Annual administration report of the Civil Veterinary Department of India - 1909-1910
Year: 1909
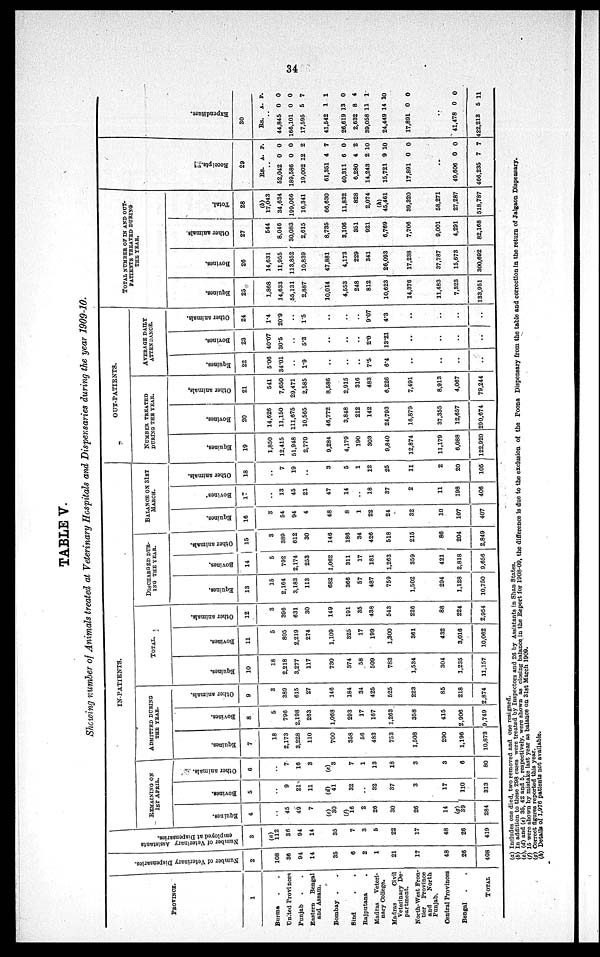
34
TABLE V.
Showing number of Animals treated at Veterinary Hospitals and Dispensaries during the year 1909-10.
PROVINCE.
1
Burma . .
United Provinces
Punjab . .
Eastern
Bengal
and Assam.
Bombay . .
Sind . .
Rajputana .
Madras
Veteri-
nary College.
Madras
Civil
Veterinary De-
partment.
North-West Fron-
tier
Province
and
North
Punjab.
Central Provinces
Bengal . .
TOTAL
Number of Vet er i
nar y Dispensaries
2
108
36
94
14
35
6
2
1
21
17
48
26
408
Number of Veterinary Assistants
employed at Di s pens ar i
es .
3
(a)
112
36
94
14
35
7
3
5
22
17
48
26
419
IN-PATIENTS.
REMAINING ON
1ST APRIL.
Equines.
4
..
45
49
7
(c)
30
(f)
16
2
26
30
26
14
(g)
39
284
Bovines.
5
..
9
21
11
(d)
41
32
..
32
37
3
17
110
313
Other animals.
6
..
7
16
3
(e)
3
7
1
13
18
3
3
6
80
ADMITTED DURING
THE YEAR.
Equines.
7
18
2,173
3,228
110
700
358
56
483
753
1,508
290
1,196
10,873
Bovines.
8
5
796
2,198
263
1,068
293
17
167
1,263
358
415
2,906
9,749
Other animals.
9
3
389
615
27
146
184
34
425
525
223
85
218
2,874
TOTAL.
Equines.
10
18
2,218
3,277
117
730
374
58
509
783
1,534
304
1,235
11,157
Bovines.
11
5
805
2,219
274
1,109
325
17
199
1,300
361
432
3,016
10,062
Other animals.
12
3
396
631
30
149
191
35
438
543
226
88
224
2,954
DISCHARGED DUR-
ING THE YEAR.
Equines.
13
15
2,164
3,183
113
682
366
57
487
759
1,502
294
1,128
10,750
Bovines.
14
5
792
2,174
253
1,062
311
17
181
1,263
359
421
2,818
9,656
Other animals.
15
3
389
612
30
146
186
34
426
518
215
86
204
2,849
BALANCE ON 31ST
MARCH.
Equines.
16
3
54
94
4
48
8
1
22
24
32
10
107
407
Bovines.
17
..
13
45
21
47
14
..
18
37
2
11
198
406
Other animals.
18
..
7
19
..
3
5
1
12
25
11
2
20
105
OUT-PATIENTS.
NUMBER TREATED
DURING THE YEAR.
Equines.
19
1,850
12,415
51,948
2,770
9,284
4,179
190
303
9,840
12,874
11,179
6,088
122,920
Bovines.
20
14,626
11,150
111,675
10,565
46,772
3,848
212
142
24,793
16,879
37,355
12,657
290,674
Other animals.
21
541
7,650
29,471
2,585
8,586
2,915
316
483
6,226
7,491
8,913
4,067
79,244
AVERAGE DAILY
ATTENDANCE.
Equines.
22
5.06
34.01
..
1.9
..
..
..
7.5
6.4
..
..
..
..
Bovines.
23
40.07
30.5
..
5.3
..
..
..
2.0
13.21
..
..
..
..
Other animals.
24
1.4
20.9
..
1.5
..
..
..
9.07
4.3
..
..
..
..
TOTAL NUMBER OF IN AND OUT¬
PATIENTS TREATED DURING
THE YEAR.
Equines.
25
1,868
14,633
55,131
2,887
10,014
4,553
248
812
10,623
14,376
11,483
7,323
133,951
Bovines.
26
14,631
11,955
113,852
10,839
47,881
4,173
229
341
26,093
17,238
37,787
15,673
300,692
Other animals.
27
544
8,046
30,083
2,615
8,735
3,106
351
921
6,769
7,706
9,001
4,291
82,168
Total.
28
(b)
17,043
34,634
199,066
16,341
66,630
11,832
828
2,074
(b)
45,461
39,320
58,271
27,287
518,787
Recei pt s.
29
Rs.
52,042
189,586
19,002
61,351
40,311
6,280
14,243
15,721
17,891
A.
0
0
12
4
6
4
2
9
0
P.
0
0
2
7
0
2
10
10
0
..
49,606
466,235
0
7
0
7
Expendi t
ur e.
30
Rs.
44,845
166,101
17,595
41,542
26,619
2,632
39,058
24,449
17,891
A.
0
0
5
1
13
8
11
14
0
P.
0
0
7
1
0
4
1
10
0
..
41,478
422,213
0
5
0
11
(a) Includes one died, two removed and one resigned.
(b) In addition to these 298 cases were treated by Inspectors and 26 by Assistants in Shan States.
(c), (d) and (e) 35, 42 and 5, respectively, were shown as closing balance in the Report for 1908-09, the difference is due to the exc
(f) 15 were shown by mistake last year as balance on 31st March 1909.
(g) Correct figures reported this year.
(h) Details of 1,976 patients not available.